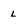
Character: l